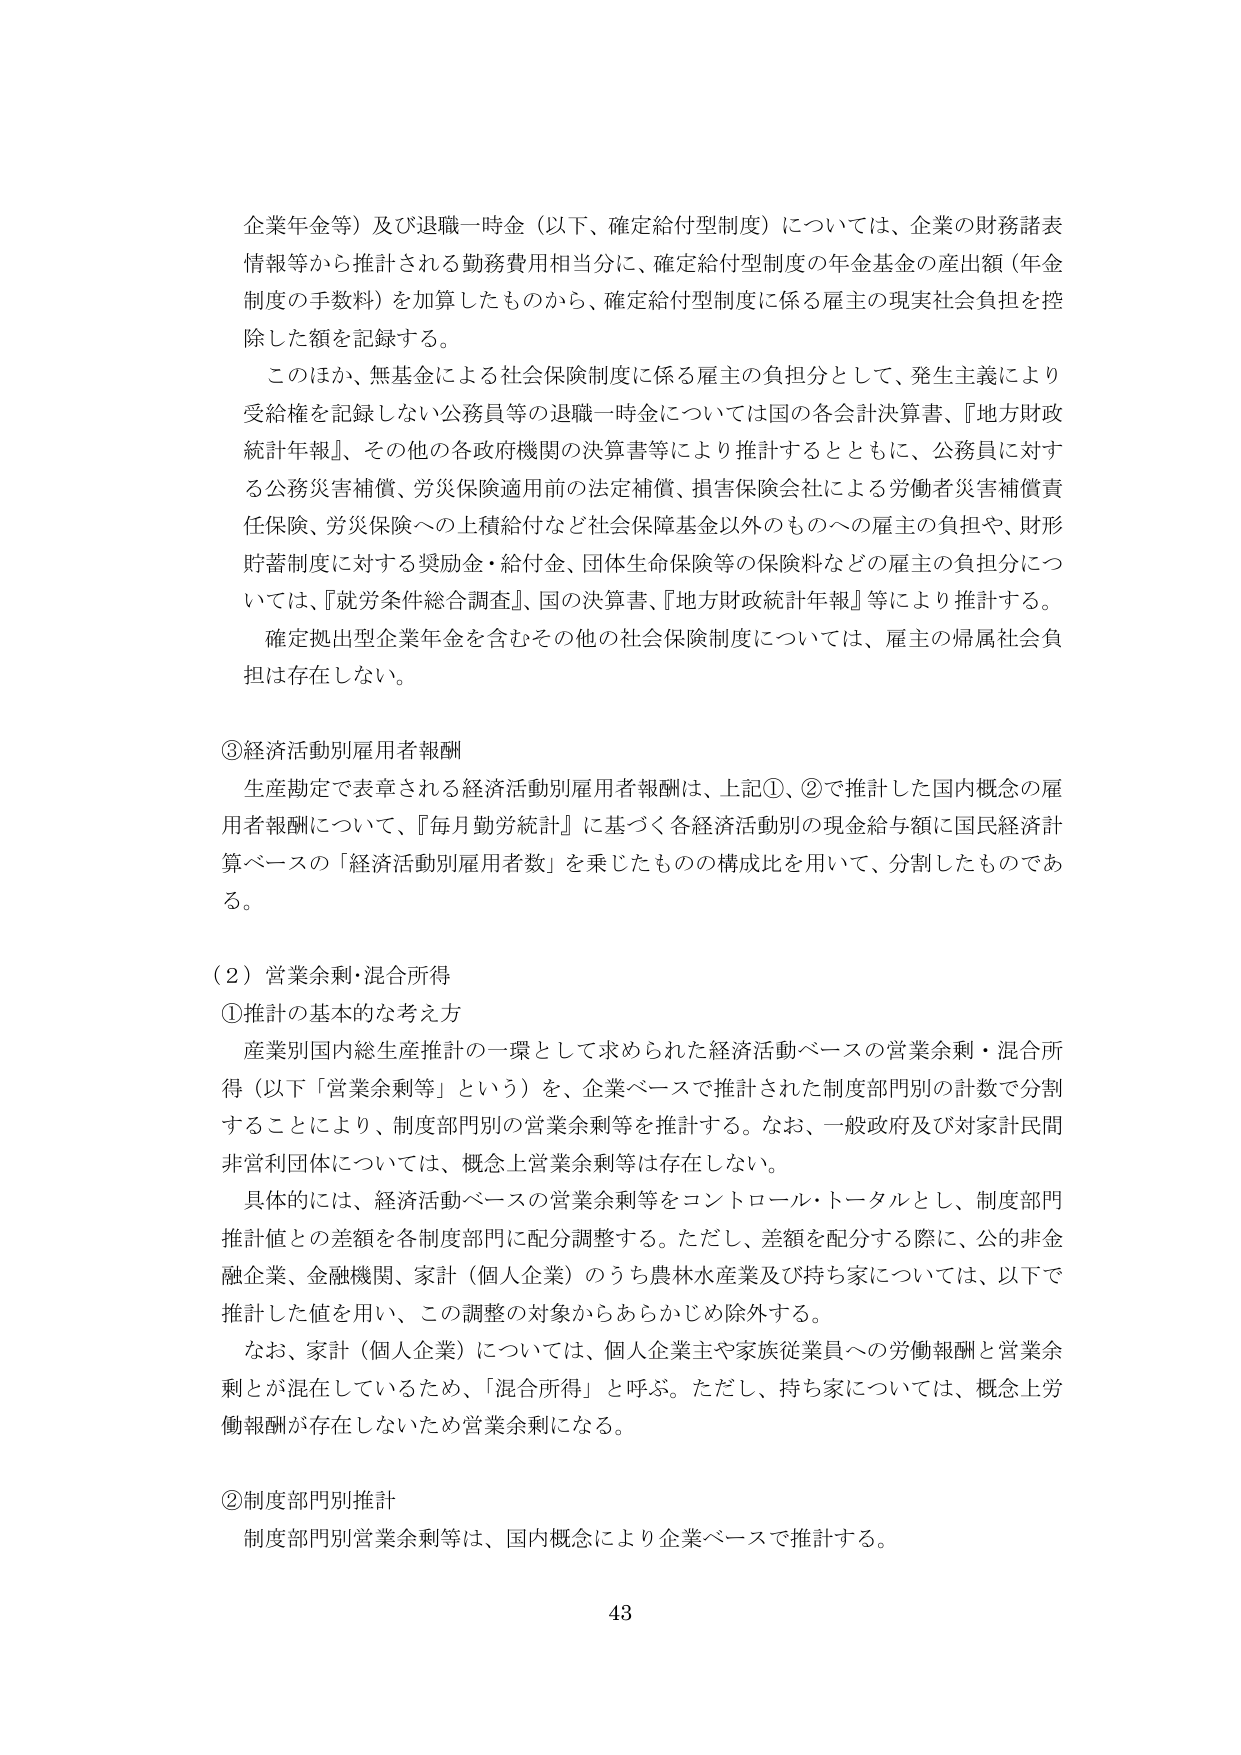
企業年金等）及び退職一時金（以下、確定給付型制度）については、企業の財務諸表情報等から推計される勤務費用相当分に、確定給付型制度の年金基金の産出額（年金制度の手数料）を加算したものから、確定給付型制度に係る雇主の現実社会負担を控除した額を記録する。

このほか、無基金による社会保険制度に係る雇主の負担分として、発生主義により受給権を記録しない公務員等の退職一時金については国の各会計決算書、『地方財政統計年報』、その他の各政府機関の決算書等により推計するとともに、公務員に対する公務災害補償、労災保険適用前の法定補償、損害保険会社による労働者災害補償責任保険、労災保険への上積給付など社会保障基金以外のものへの雇主の負担や、財形貯蓄制度に対する奨励金・給付金、団体生命保険等の保険料などの雇主の負担分については、『就労条件総合調査』、国の決算書、『地方財政統計年報』等により推計する。

確定拠出型企業年金を含むその他の社会保険制度については、雇主の帰属社会負担は存在しない。

③経済活動別雇用者報酬

生産勘定で表章される経済活動別雇用者報酬は、上記①、②で推計した国内概念の雇用者報酬について、『毎月勤労統計』に基づく各経済活動別の現金給与額に国民経済計算ベースの「経済活動別雇用者数」を乗じたものの構成比を用いて、分割したものである。

（2）営業余剰・混合所得

①推計の基本的な考え方

産業別国内総生産推計の一環として求められた経済活動ベースの営業余剰・混合所得（以下「営業余剰等」という）を、企業ベースで推計された制度部門別の計数で分割することにより、制度部門別の営業余剰等を推計する。なお、一般政府及び対象計民間非営利団体については、概念上営業余剰等は存在しない。

具体的には、経済活動ベースの営業余剰等をコントロール・トータルとし、制度部門推計値との差額を各制度部門に配分調整する。ただし、差額を配分する際に、公的非金融企業、金融機関、家計（個人企業）のうち農林水産業及び持ち家については、以下で推計した値を用い、この調整の対象からあらかじめ除外する。

なお、家計（個人企業）については、個人企業主や家族従業員への労働報酬と営業余剰とが混在しているため、「混合所得」と呼ぶ。ただし、持ち家については、概念上労働報酬が存在しないため営業余剰になる。

②制度部門別推計

制度部門別営業余剰等は、国内概念により企業ベースで推計する。

43